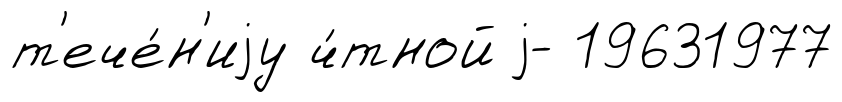
т'ече́н'иjу ч́тной j- 19631977